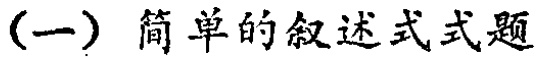
(一) 简单的叙述式式题